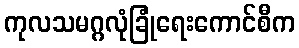
ကုလသမဂ္ဂလုံခြုံရေးကောင်စီက